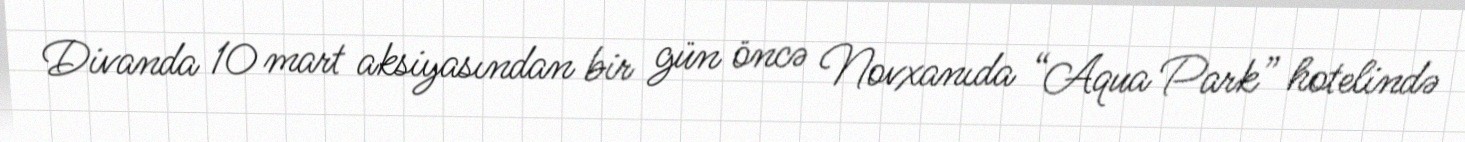
Divanda 10 mart aksiyasından bir gün öncə Novxanıda “Aqua Park” hotelində